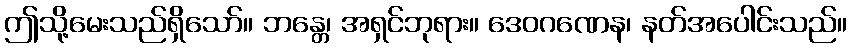
ဤသို့မေးသည်ရှိသော်။ ဘန္တေ၊ အရှင်ဘုရား။ ဒေဝဂဏေန၊ နတ်အပေါင်းသည်။